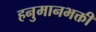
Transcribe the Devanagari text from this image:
हनुमानभक्ती